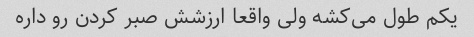
یکم طول می‌کشه ولی واقعا ارزشش صبر کردن رو داره